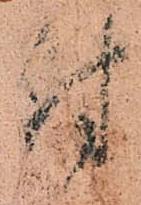
付